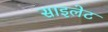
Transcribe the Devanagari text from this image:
साइलेट